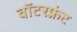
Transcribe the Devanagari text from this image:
वॉटरफ़्रंट